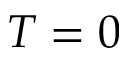
T = 0